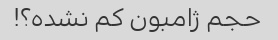
حجم ژامبون کم نشده؟!